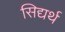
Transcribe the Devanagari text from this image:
सिद्यर्थ